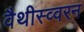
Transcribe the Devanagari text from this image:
वैथीस्व्वरन